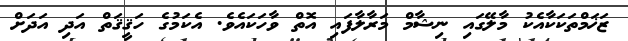
ޒަޚަމްތަކަކާއެކު މާލޭގައި ނިޝާމް މަރާލާފައި އޮތް ވާހަކައެވެ. އެކަމުގެ ހަޤީޤަތް އަދި އަދަށް